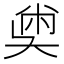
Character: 𡙀